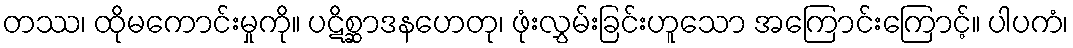
တဿ၊ ထိုမကောင်းမှုကို။ ပဋိစ္ဆာဒနဟေတု၊ ဖုံးလွှမ်းခြင်းဟူသော အကြောင်းကြောင့်။ ပါပကံ၊